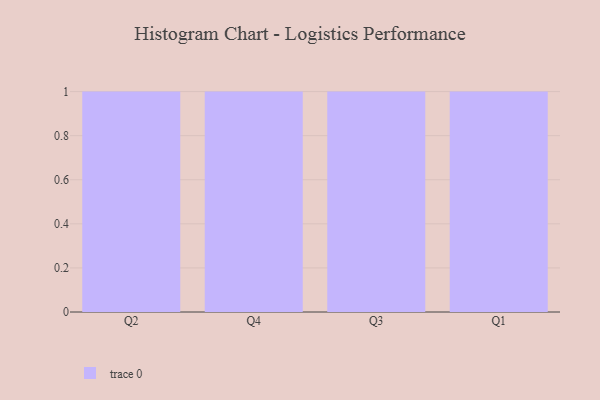
{"axis": {"x": "Quarter", "y": "Net Income (USD K)"}, "legend": [""], "data": [{"x": "Q2", "y": 71, "type": ""}, {"x": "Q4", "y": 73, "type": ""}, {"x": "Q3", "y": 92, "type": ""}, {"x": "Q1", "y": 93, "type": ""}]}